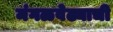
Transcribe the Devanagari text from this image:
मंगळवेढ्याची